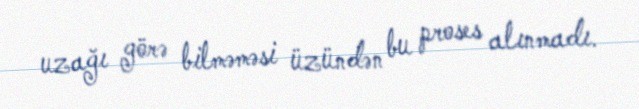
uzağı görə bilməməsi üzündən bu proses alınmadı.